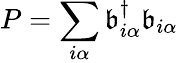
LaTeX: P=\sum_{i\alpha}\mathfrak{b}_{i\alpha}^{\dagger}\mathfrak{b}_{i\alpha}